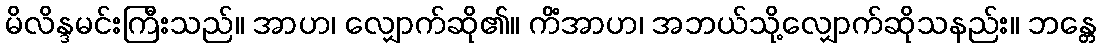
မိလိန္ဒမင်းကြီးသည်။ အာဟ၊ လျှောက်ဆို၏။ ကိံအာဟ၊ အဘယ်သို့လျှောက်ဆိုသနည်း။ ဘန္တေ